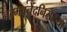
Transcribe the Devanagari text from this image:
नम्मवनेंदनिसयया